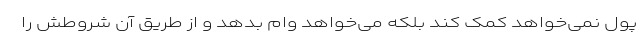
پول نمی‌خواهد کمک کند بلکه می‌خواهد وام بدهد و از طریق آن شروطش را